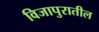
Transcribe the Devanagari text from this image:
विजापुरातील